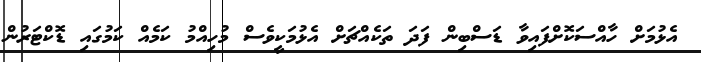
އެޅުމަށް ހާއްސަކޮށްފައިވާ ޑަސްބިން ފަދަ ތަކެއްޗަށް އެޅުމަކީވެސް މުހިއްމު ކަމެއް ކަމުގައި ޑޮކްޓަރުން